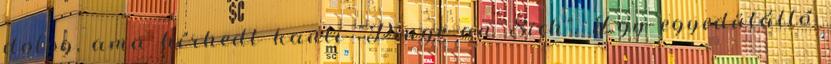
dolog, ama hírhedt kanti "Dinge an Sich". Egy egyedülálló